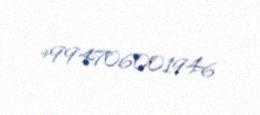
+994706001946